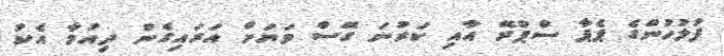
ފުލުހުންގެ ޕެޕާ ސްޕްރޭ އާއި ކަރުނަ ގޭސް ވަޔަށް އަރައިގެން ދިއުމާ އެކު